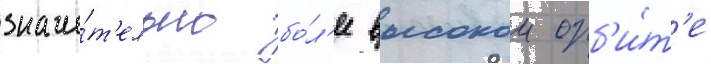
значи́т'ельно бо́л'ее высокои орб'и́т'е